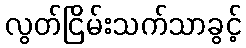
လွတ်ငြိမ်းသက်သာခွင့်